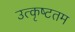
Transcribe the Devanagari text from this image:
उत्‍कृष्‍टतम